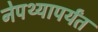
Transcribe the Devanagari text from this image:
नेपथ्यापर्यंत